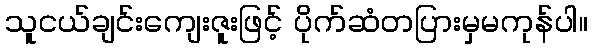
သူငယ်ချင်းကျေးဇူးဖြင့် ပိုက်ဆံတပြားမှမကုန်ပါ။